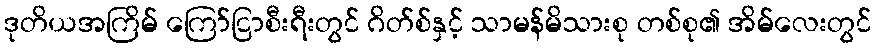
ဒုတိယအကြိမ် ကြော်ငြာစီးရီးတွင် ဂိတ်စ်နှင့် သာမန်မိသားစု တစ်စု၏ အိမ်လေးတွင်